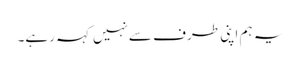
یہ ہم اپنی طرف سےنہیں کہہ رہے۔